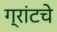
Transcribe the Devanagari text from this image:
ग्रांटचे